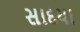
સાદયા